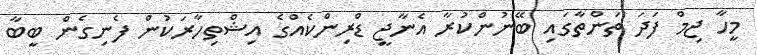
މީހާ ޖިމް ފަދަ ތަންތާގައި ބޭނުންކުރާ އެނާޖީ ޑްރިންކެއްގެ އިޝްތިހާރަކުން ފެނިގެން ބީބާ